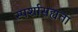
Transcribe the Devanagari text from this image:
स्पर्शासह्यता